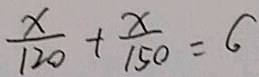
\frac { x } { 1 2 0 } + \frac { x } { 1 5 0 } = 6